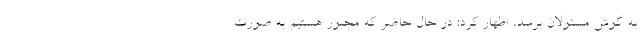
به گوش مسئولان برسد، اظهار کرد: در حال حاضر که مجبور هستیم به صورت